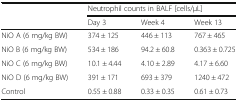
<table><thead><tr><td rowspan="2"></td><td colspan="3"><b>Neutrophil counts in BALF [cells/μL]</b></td></tr><tr><td><b>Day 3</b></td><td><b>Week 4</b></td><td><b>Week 13</b></td></tr></thead><tbody><tr><td>NiO A (6 mg/kg BW)</td><td>374 ± 125</td><td>446 ± 113</td><td>767 ± 465</td></tr><tr><td>NiO B (6 mg/kg BW)</td><td>534 ± 186</td><td>94.2 ± 60.8</td><td>0.363 ± 0.725</td></tr><tr><td>NiO C (6 mg/kg BW)</td><td>10.1 ± 4.44</td><td>4.10 ± 2.89</td><td>4.17 ± 6.60</td></tr><tr><td>NiO D (6 mg/kg BW)</td><td>391 ± 171</td><td>693 ± 379</td><td>1240 ± 472</td></tr><tr><td>Control</td><td>0.55 ± 0.88</td><td>0.33 ± 0.35</td><td>0.61 ± 0.73</td></tr></tbody></table>